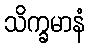
သိက္ခမာနံ